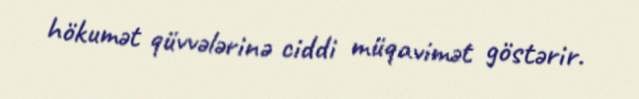
hökumət qüvvələrinə ciddi müqavimət göstərir.